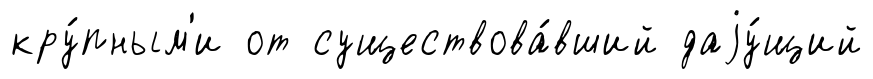
кру́пным'и от существова́вший даjу́щий